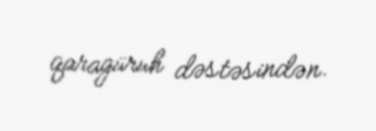
qaragüruh dəstəsindən.